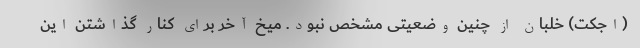
(اجکت) خلبان از چنین وضعیتی مشخص نبود. میخ آخر برای کنار گذاشتن این